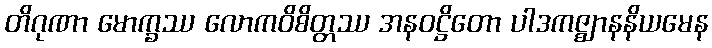
တိဂုဏာ မောက္ခဿ လောကဝိစိတ္တဿ အနဝဋ္ဌိတော ပါဒကဇ္ဈာနနိယမေန